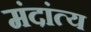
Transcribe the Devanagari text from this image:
मंदांत्य